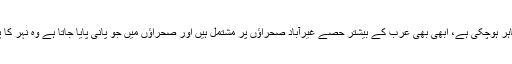
ان ساری چیزوں کے باوجود ہم یہ نہیں کہہ سکتے کہ قیامت کی مذکورہ بالا نشانی ظاہر ہوچکی ہے، ابھی بھی عرب کے بیشتر حصے غیرآباد صحراؤں پر مشتمل ہیں اور صحراؤں میں جو پانی پایا جاتا ہے وہ نہر کا پانی نہیں ہے ، ہاتھوں سے، کنواں کے ذریعہ یا مشینی آلات سے پانی نکالا جاتا ہے ۔